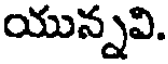
యున్నవి.